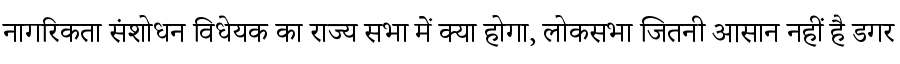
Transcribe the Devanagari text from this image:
नागरिकता संशोधन विधेयक का राज्य सभा में क्या होगा, लोकसभा जितनी आसान नहीं है डगर